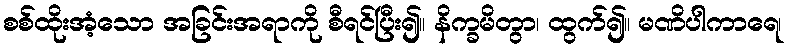
စစ်ထိုးအံ့သော အခြင်းအရာကို စီရင်ပြီး၍။ နိက္ခမိတွာ၊ ထွက်၍။ မဏိပါကာရေ၊